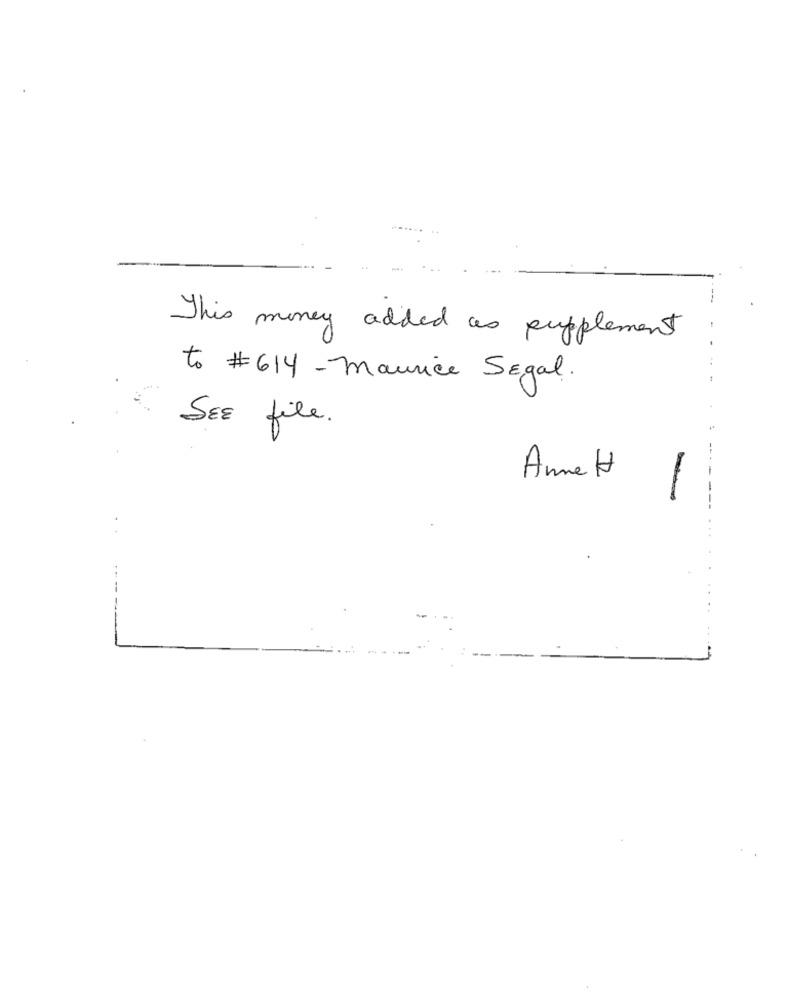
This money added as supplement
to #614 -maurice Segal.
SEE file.
Anne H
-